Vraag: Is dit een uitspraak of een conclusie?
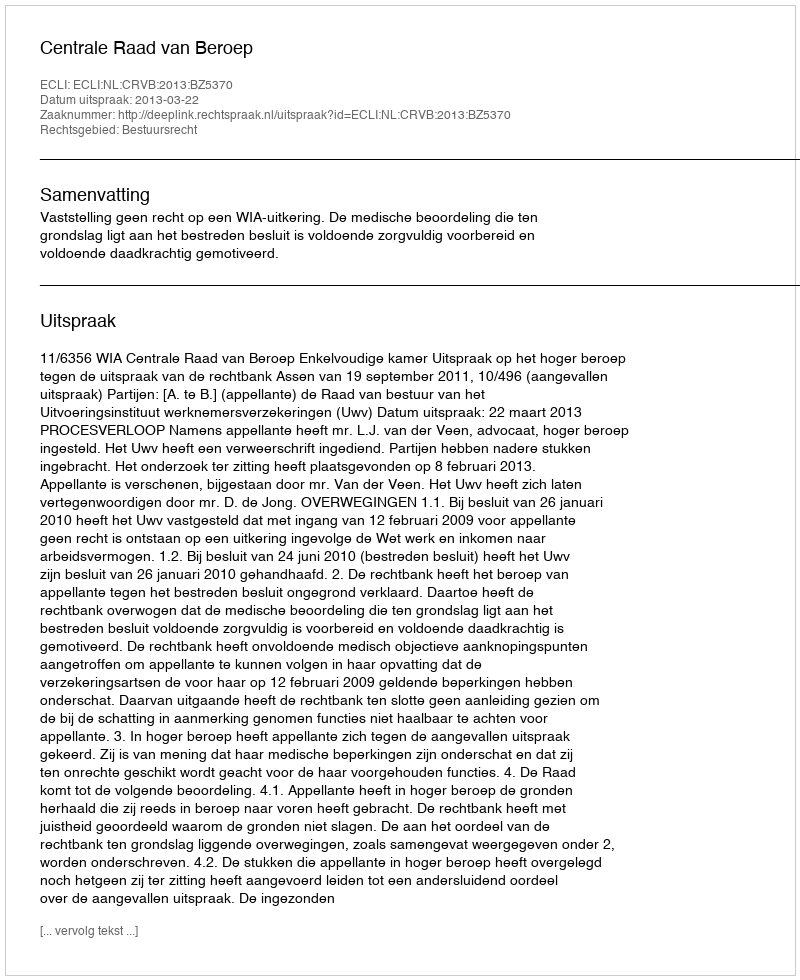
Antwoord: Uitspraak